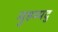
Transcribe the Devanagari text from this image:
मुहम्मदु